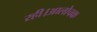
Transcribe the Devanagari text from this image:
रही।आलोचक